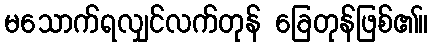
မသောက်ရလျှင်လက်တုန် ခြေတုန်ဖြစ်၏။